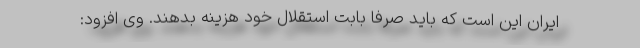
ایران این است که باید صرفا بابت استقلال خود هزینه بدهند. وی افزود: